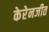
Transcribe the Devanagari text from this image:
केरेनजीत